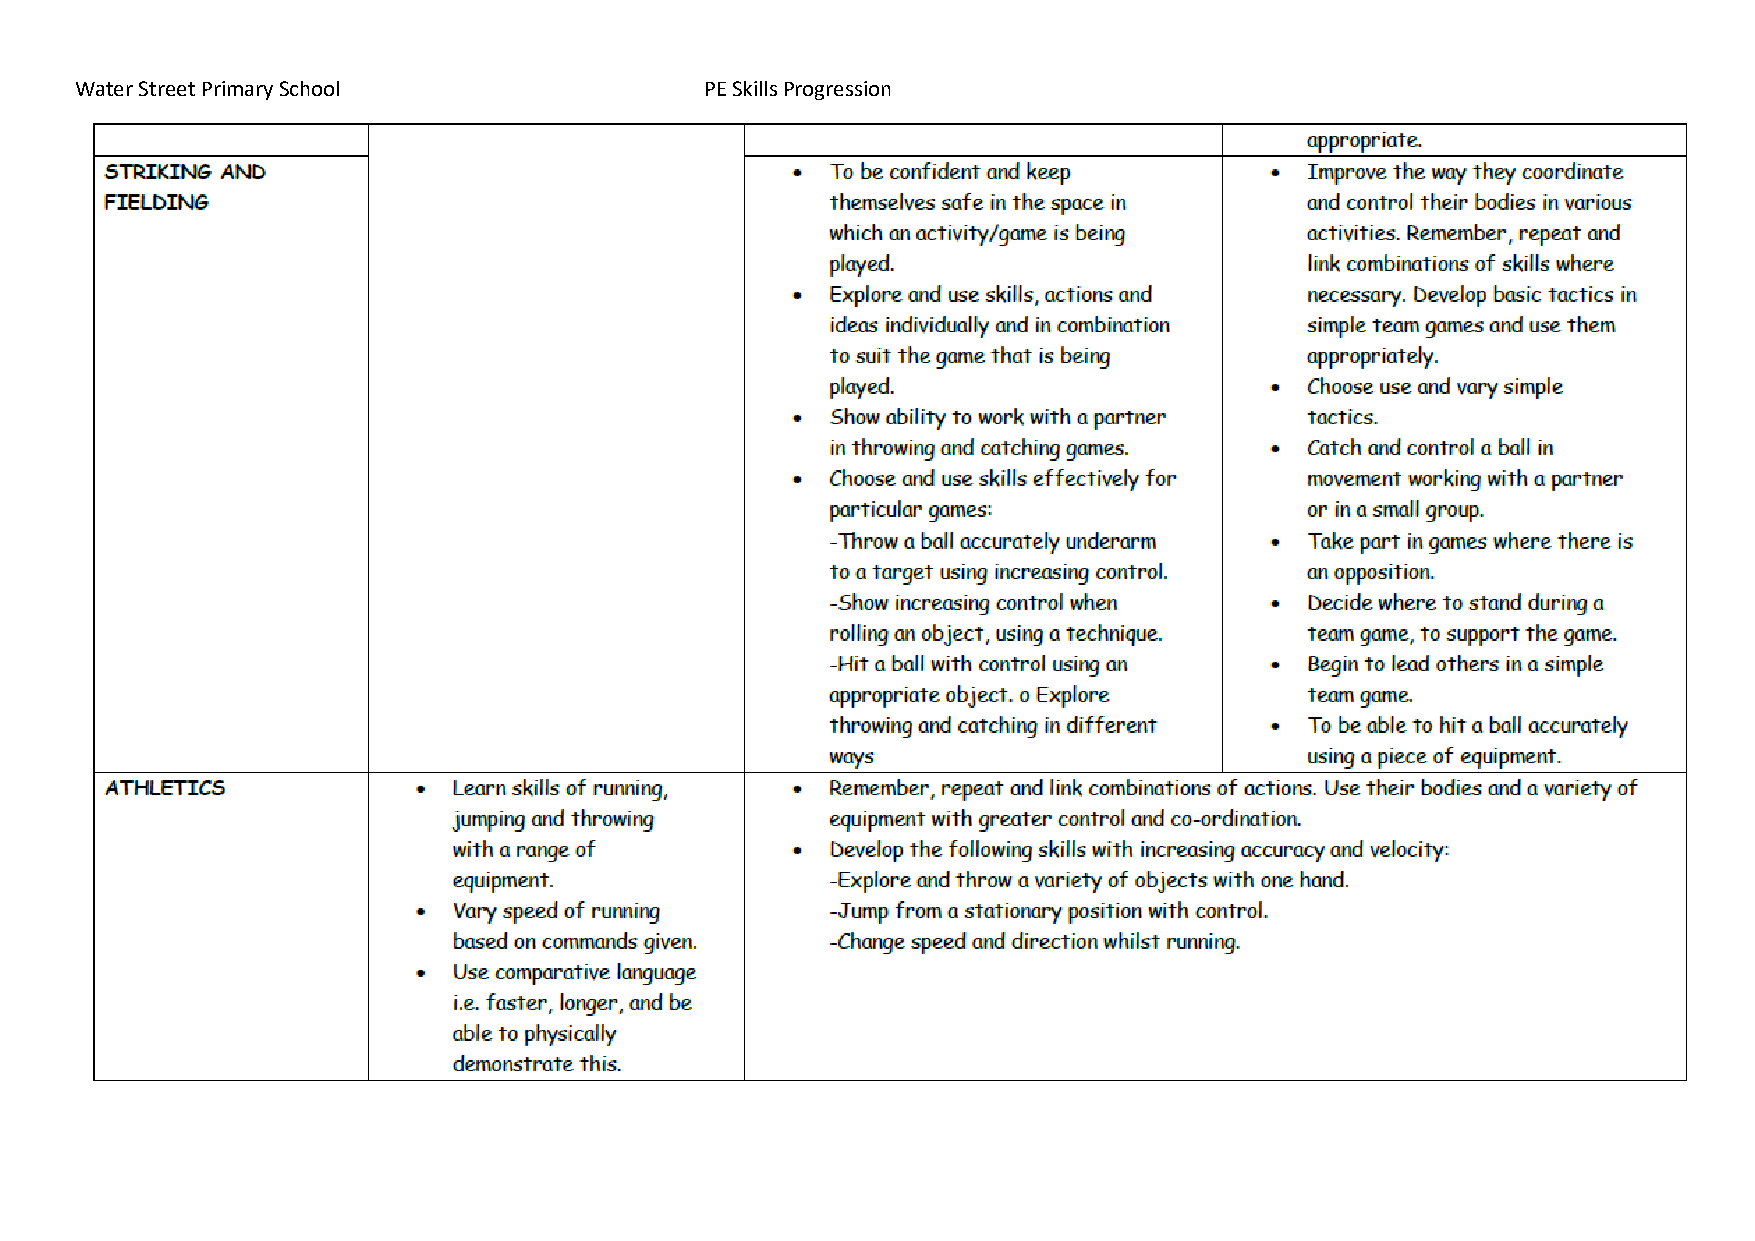
Water Street Primary School               PE Skills Progression